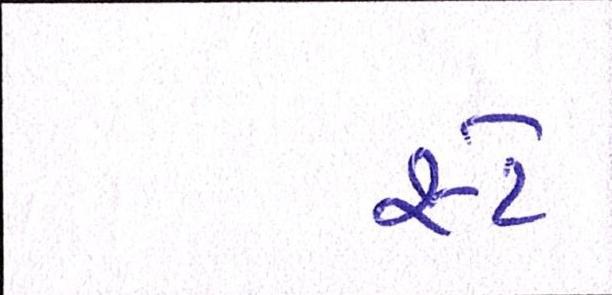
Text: સ્ટે